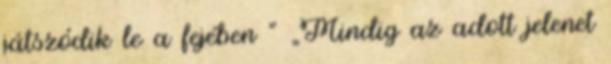
játszódik le a fejében ” „Mindig az adott jelenet